Report on the Nagpur School of Medicine, Central Provinces
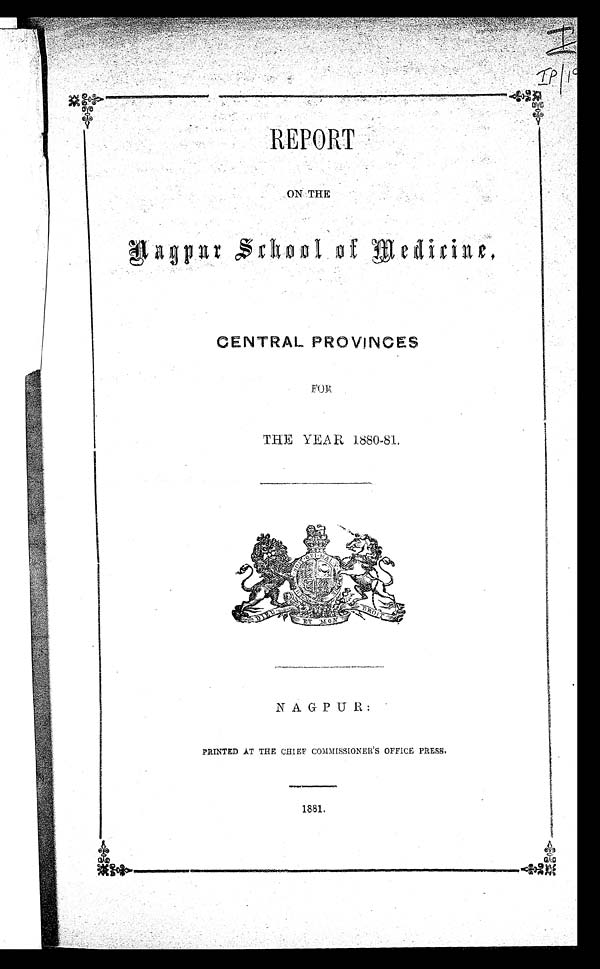
REPORT
ON THE
Nagpur School Of Medicine,
CENTRAL PROVINCES
FOR
THE YEAR 1880-81.
I IP|19
NAGPUR:
PRINTED AT THE CHIEF COMMISSIONER 'S OFFICE PRESS.
1881.